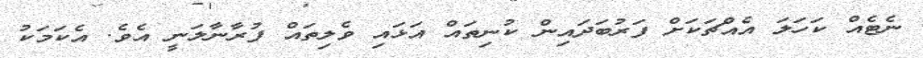
ނެޓެއް ކަހަލަ އެއްޗަކަށް ފަރުބަދައިން ކުނިތައް އަޅައި ވެލިތައް ފުރާނާލަނީ އެވެ. އެކަމަކު